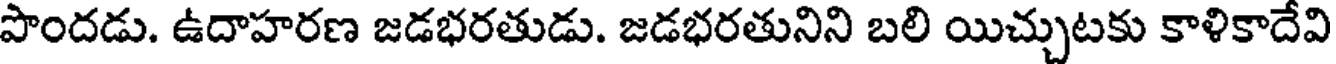
పొందడు. ఉదాహరణ జడభరతుడు. జడభరతునిని బలి యిచ్చుటకు కాళికాదేవి